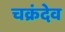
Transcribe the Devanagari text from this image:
चक्रंदेव